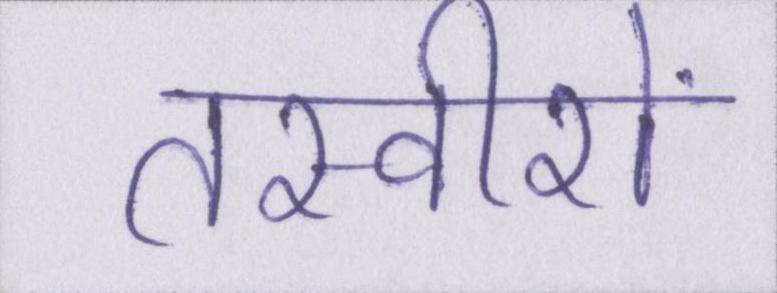
तस्वीरों